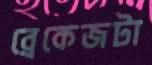
ব্রেকেজটা